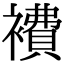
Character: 𧝇